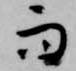
而